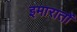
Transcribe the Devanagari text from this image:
इमारातों